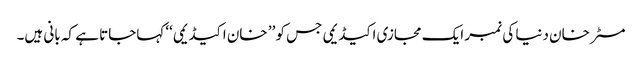
مسٹر خان دنیا کی نمبر ایک مجازی اکیڈیمی جس کو ’’ خان اکیڈیمی‘‘ کہاجاتا ہے کہ بانی ہیں۔